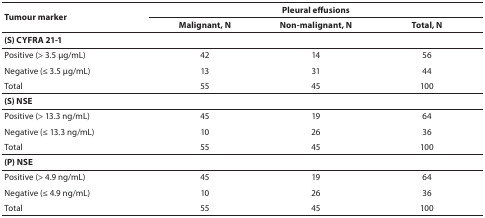
| <ROWSPAN=2> Tumour marker | <COLSPAN=3> Pleural effusions |
 | --- | --- | --- | --- |
 | Malignant, N | Non-malignant, N | Total, N |
 | <COLSPAN=4> (S) CYFRA 21-1 |
 | Positive (> 3.5 μg/mL) | 42 | 14 | 56 |
 | Negative (≤ 3.5 μg/mL) | 13 | 31 | 44 |
 | Total | 55 | 45 | 100 |
 | (S) NSE |  |  |  |
 | Positive (> 13.3 ng/mL) | 45 | 19 | 64 |
 | Negative (≤ 13.3 ng/mL) | 10 | 26 | 36 |
 | Total | 55 | 45 | 100 |
 | (P) NSE |  |  |  |
 | Positive (> 4.9 ng/mL) | 45 | 19 | 64 |
 | Negative (≤ 4.9 ng/mL) | 10 | 26 | 36 |
 | Total | 55 | 45 | 100 |